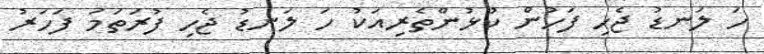
ހަ ލަނޑު ޖެހި ފަހުން ކުޅުންތެރިއަކު ހަ ލަނޑު ޖެހި ފުރަތަމަ ފަހަރު